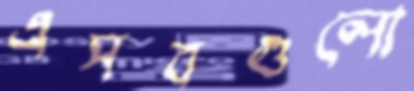
এসবগুলো